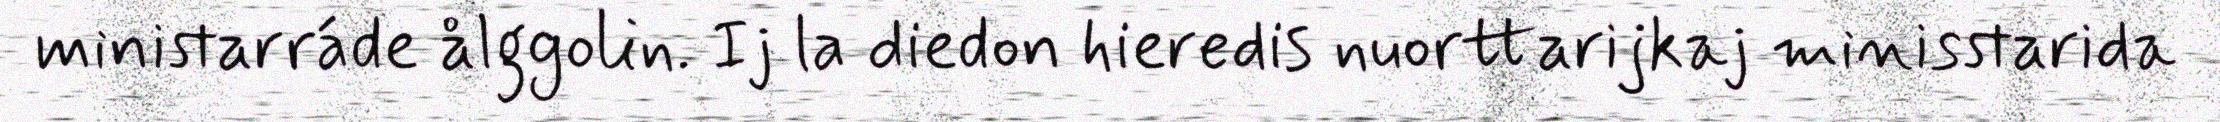
ministarráde ålggolin. Ij la diedon hieredis nuorttarijkaj minisstarida